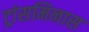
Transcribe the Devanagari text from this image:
ट्रांसमिनास